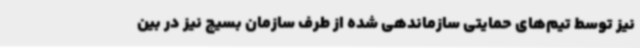
نیز توسط تیم‌های حمایتی سازماندهی شده از طرف سازمان بسیج نیز در بین